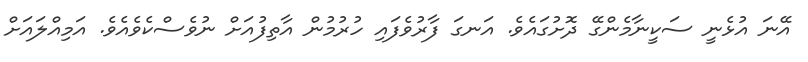
އޭނަ އުޅެނީ ސަކީނާމެންގޭ ދޮށުގައެވެ. އަނގަ ފާރުވެފައި ހުރުމުން އާތިފުއަށް ނުވެސްކެވެއެވެ. އަމިއްލައަށް